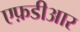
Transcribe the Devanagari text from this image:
एफ़डीआर